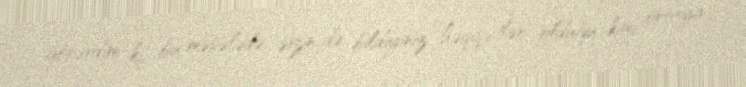
görərdim ki, bu məsələdə sizin də bildiyiniz həqiqətlər olduğu kimi ortaya